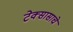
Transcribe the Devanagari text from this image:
टेक्सासाचे